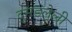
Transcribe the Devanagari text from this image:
दुमडलेली